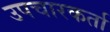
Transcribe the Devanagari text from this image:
उपचारकर्ता